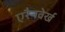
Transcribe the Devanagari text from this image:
एरैनवेर्ख